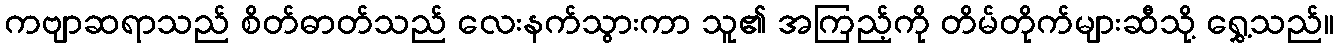
ကဗျာဆရာသည် စိတ်ဓာတ်သည် လေးနက်သွားကာ သူ၏ အကြည့်ကို တိမ်တိုက်များဆီသို့ ရွှေ့သည်။